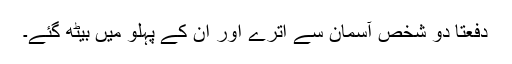
دفعتاً دو شخص آسمان سے اُترے اور ان کے پہلو میں بیٹھ گئے۔